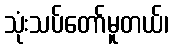
သုံးသပ်တော်မူတယ်၊